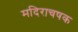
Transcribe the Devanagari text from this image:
मदिराचषक